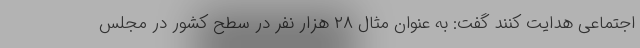
اجتماعی هدایت کنند گفت: به عنوان مثال ۲۸ هزار نفر در سطح کشور در مجلس